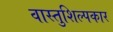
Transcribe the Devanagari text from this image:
वास्तुशिल्पकार